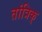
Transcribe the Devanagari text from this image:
तांत्रिक्